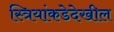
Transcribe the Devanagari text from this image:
स्त्रियांकडेदेखील